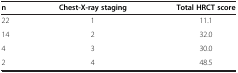
<table><thead><tr><td><b>n</b></td><td><b>Chest-X-ray staging</b></td><td><b>Total HRCT score</b></td></tr></thead><tbody><tr><td>22</td><td>1</td><td>11.1</td></tr><tr><td>14</td><td>2</td><td>32.0</td></tr><tr><td>4</td><td>3</td><td>30.0</td></tr><tr><td>2</td><td>4</td><td>48.5</td></tr></tbody></table>